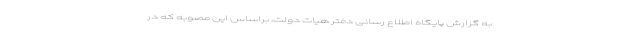
به گزارش پایگاه اطلاع رسانی دفتر هیات دولت، براساس این مصوبه که در